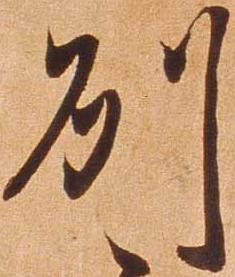
州